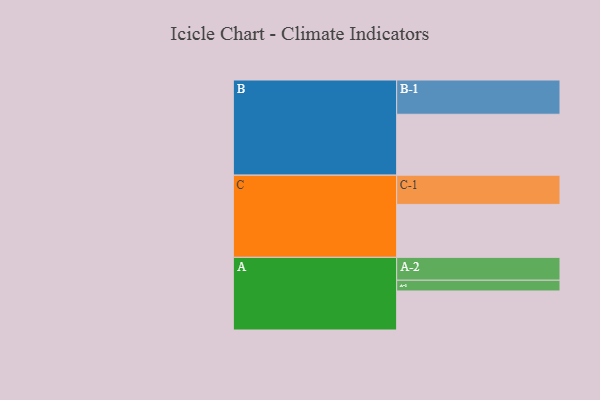
{"axis": {"x": "Segment", "y": "Value"}, "legend": ["", "A", "B", "C"], "data": [{"x": "A", "y": 319, "type": ""}, {"x": "B", "y": 498, "type": ""}, {"x": "C", "y": 433, "type": ""}, {"x": "A-1", "y": 88, "type": "A"}, {"x": "A-2", "y": 187, "type": "A"}, {"x": "B-1", "y": 280, "type": "B"}, {"x": "C-1", "y": 239, "type": "C"}]}